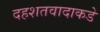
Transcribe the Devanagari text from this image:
दहशतवादाकडे